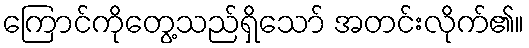
ကြောင်ကိုတွေ့သည်ရှိသော် အတင်းလိုက်၏။